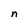
Character: n